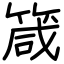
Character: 箴